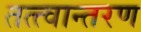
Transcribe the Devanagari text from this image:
तत्त्वान्तरण